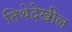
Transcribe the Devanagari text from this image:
तिथेदेखील